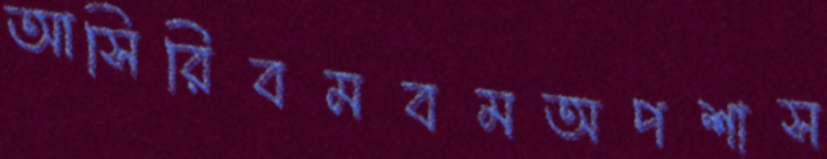
আসিরিবমবমঅপশাস